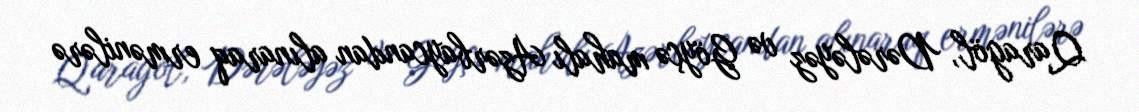
Qaragöl, Dərələyəz və Göyçə mahalı Azərbaycandan alınaraq ermənilərə